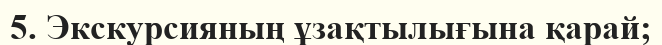
5. Экскурсияның ұзақтылығына қарай;